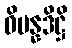
ဝိပန္နဒိဋ္ဌိ